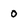
Character: 0